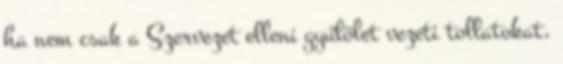
ha nem csak a Szervezet elleni gyűlölet vezeti tollatokat,